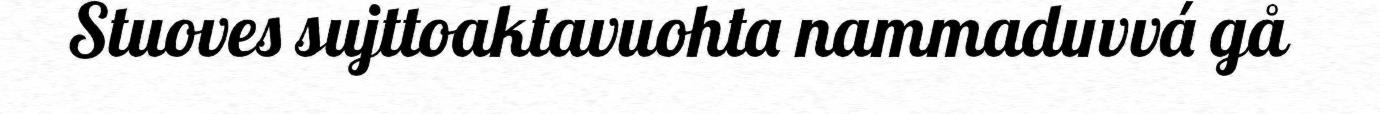
Stuoves sujttoaktavuohta nammaduvvá gå